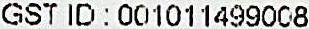
GST ID : 001011499008